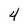
Character: 4